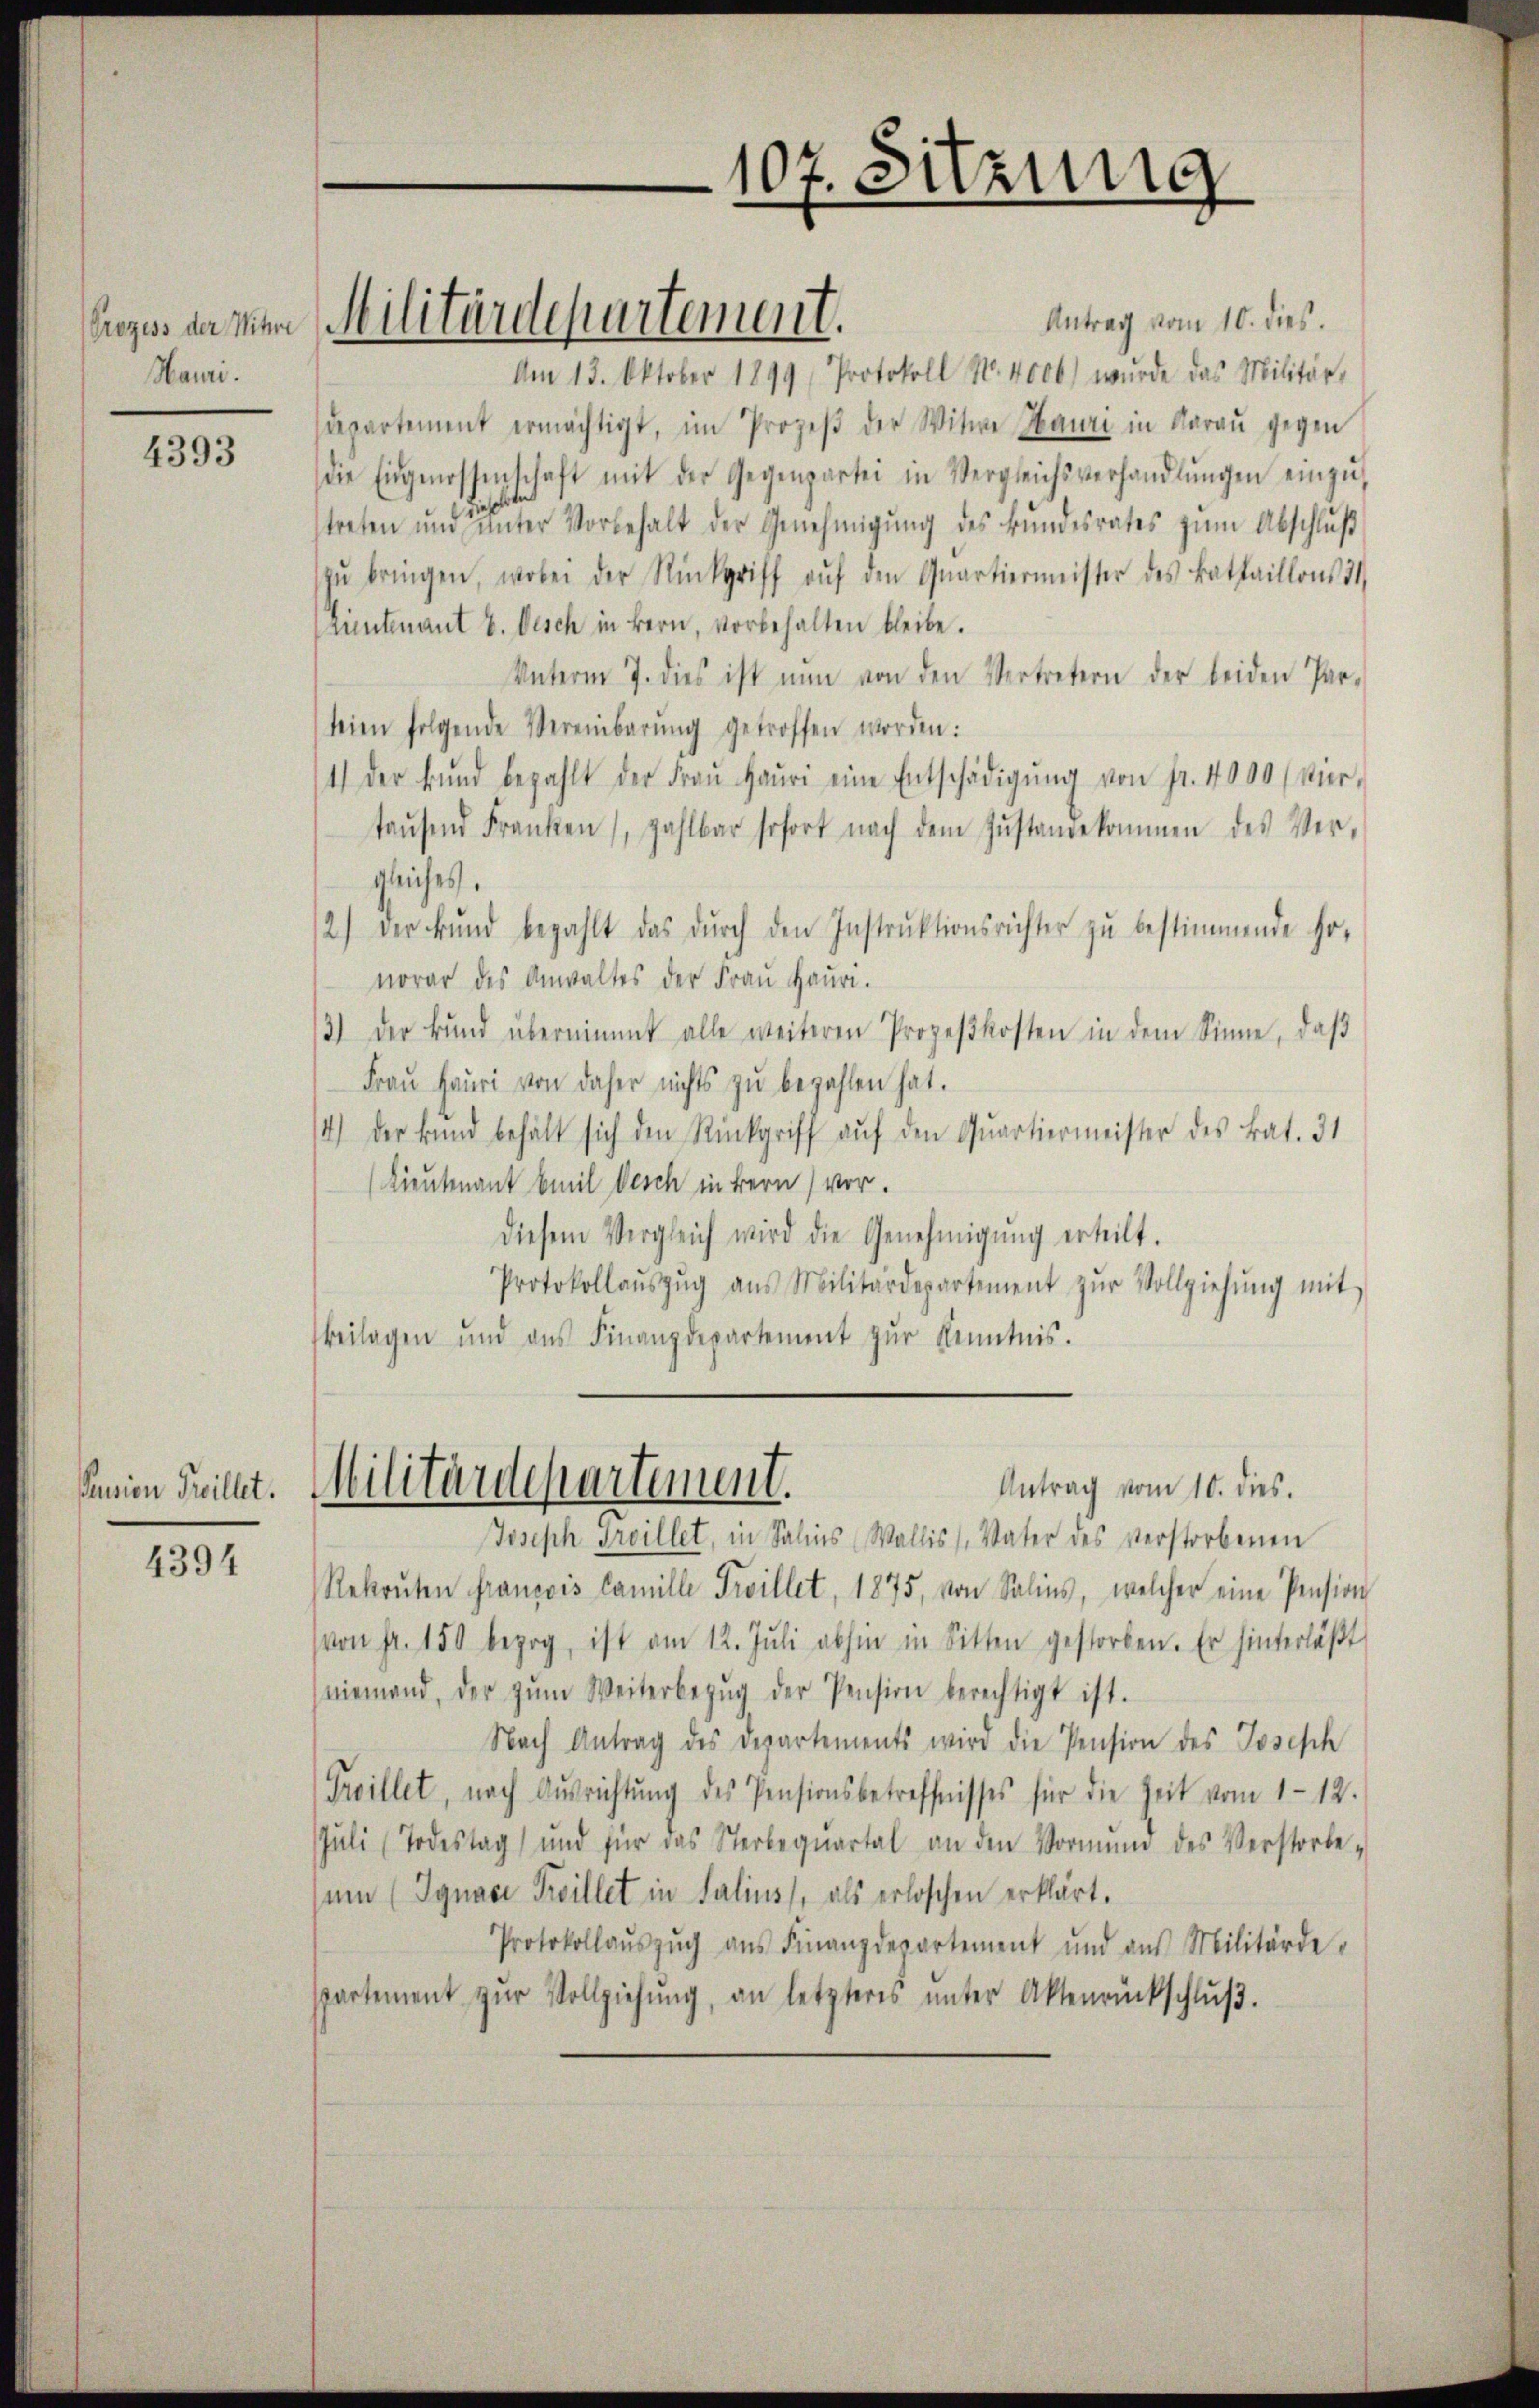
Prozess der Witwe
Mauri

4393

Paurien Freillet.

4394

Militärdepartement.

Antrag vom 10. dies
Am 13. Oktober 1899 Protokoll No. 4000) wurde das Militär-
departement ermächtigt, im Prozeβ der Witwe Hauri in daraŭ gegen
die Eingenossenschaft mit der Gegenpartei in Vergleichsverhandlŭngen einzŭ-
.
treten ŭnd ŭnter Vorbehalt der Genehmigŭng des Bŭndesrates zŭm Abschluß
zŭ bringen, wobei der Rückgriff aŭf den Qŭartiermeister des Battaillons 31,
Züntenant b. Desch in Bern, vorbehalten bleibe.
Unterm 7. dies ist nŭn von den Vertretern der beiden Par-
teien folgende Vereinbarŭng getroffen worden:
4.) Der Bŭnd bezahlt der Fraŭ Haŭsi eine Entschädigŭng von fr. 4000 / Vier-
taŭsend Franken, zahlbar sofort nach dem Zŭstandekommen des Vergleiches.
12) der Bŭnd bezahlt das dŭrch den Instrŭktionsrichter zŭ bestimmende sonorar des Anwaltes der Frau Hausi.
3.) Der Bŭnd übernimmt alle weiteren Prozeβkosten in dem Sinne, daβ
Fraŭ Heuri von daher nichts zŭ bezahlen hat.
4.) Der Bund behält sich den Rückgriff auf den Quartiermeister des Bat. 31
(Lieutenant Emil Desch in Bern) vor.
diesem Vergleich wird die Genehmigŭng erteilt.
Protokollaŭszŭg aŭs Militärdepartement zŭr Vollziehŭng mit
beilagen und ans Finanzdepartement zŭr Kenntnis.

Militärdepartement.

Antrag vom 10. dies.
Joseph Freillet, in Salins Wallis (Vater des verstorbenen
Rekruten francois Famille Troillet, 1875, von Salins, welcher eine Pension
von Fr. 150 bezog, ist am 12. Jŭli abhin in Sitten gestorben. Er hinterläβt
niemand, der zŭm Weiterbezŭg der Pension berechtigt ist.
Nach Antrag des Departements wird die Pension des Josesch
Freillet, nach Ausrichtŭng des Pensionsbetreffnisses für die Zeit vom 1.12.
Jŭli (Todestag und für das Sterbeqŭartal an den Vormune des Verstorbe-
um (Ignaci Freillet in Salius, als erloschen erklärt.
Protokollaŭszŭg aŭs Finanzdepartement und aus Militärdespartement zŭr Vollziehŭng, an letzteres ŭnter Aktenrückschlŭβ.

107. Sitzung